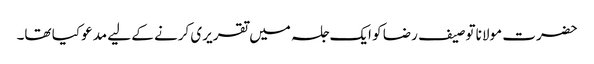
حضرت مولانا توصیف رضا کو ایک جلسہ میں تقریری کرنے کے لیے مدعو کیا تھا۔